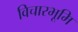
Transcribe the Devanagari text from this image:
विचारभूमि